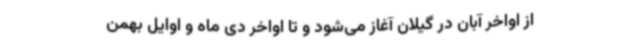
از اواخر آبان در گیلان آغاز می‌شود و تا اواخر دی ماه و اوایل بهمن